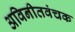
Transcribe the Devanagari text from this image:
अविनीतवंचक